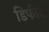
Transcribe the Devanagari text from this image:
डिफीट